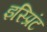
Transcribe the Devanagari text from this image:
इस्प्रिंट